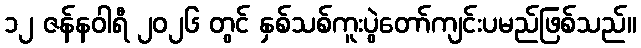
၁၂ ဇန်နဝါရီ ၂၀၂၆ တွင် နှစ်သစ်ကူးပွဲတော်ကျင်းပမည်ဖြစ်သည်။